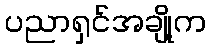
ပညာရှင်အချို့က